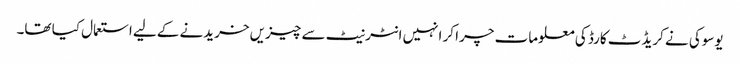
یوسوکی نے کریڈٹ کارڈ کی معلومات چرا کر انہیں انٹرنیٹ سے چیزیں خریدنے کےلیے استعمال کیا تھا۔